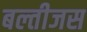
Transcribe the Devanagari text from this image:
बल्तीजस